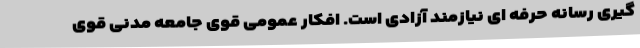
گیری رسانه حرفه ای نیازمند آزادی است. افکار عمومی قوی جامعه مدنی قوی